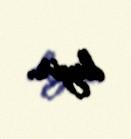
deyir.